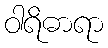
ဝါရိဓာရာ